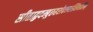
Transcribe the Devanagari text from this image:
सीताहृदम्बुरुहरोचनरश्मिमालिन्